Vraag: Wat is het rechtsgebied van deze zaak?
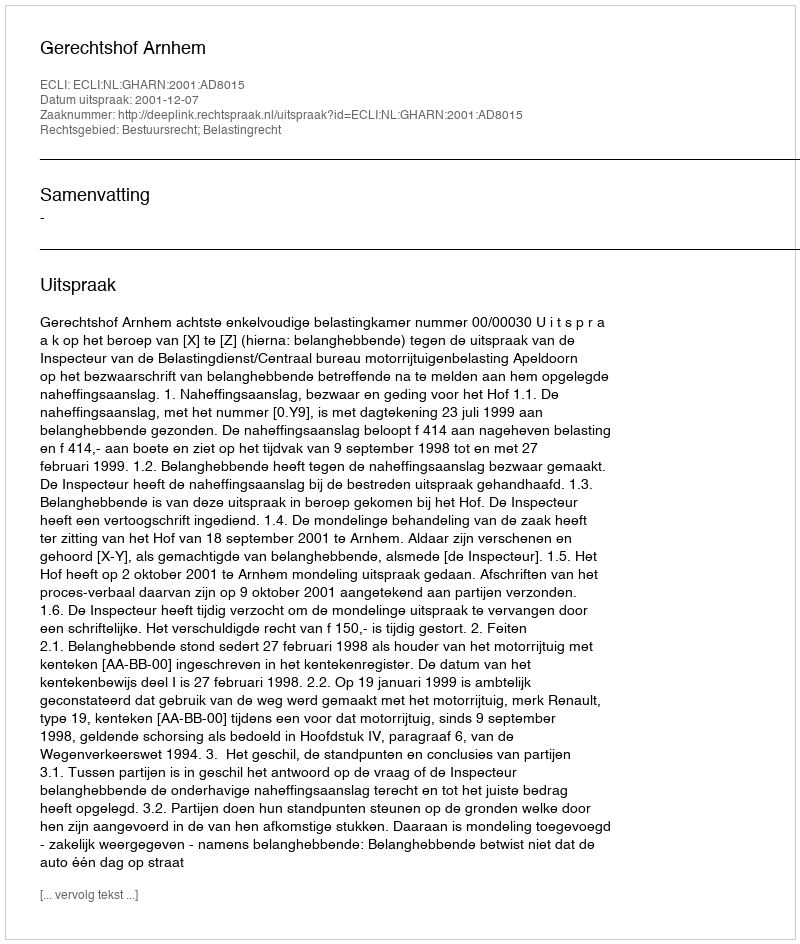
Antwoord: Bestuursrecht; Belastingrecht